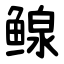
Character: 鳈